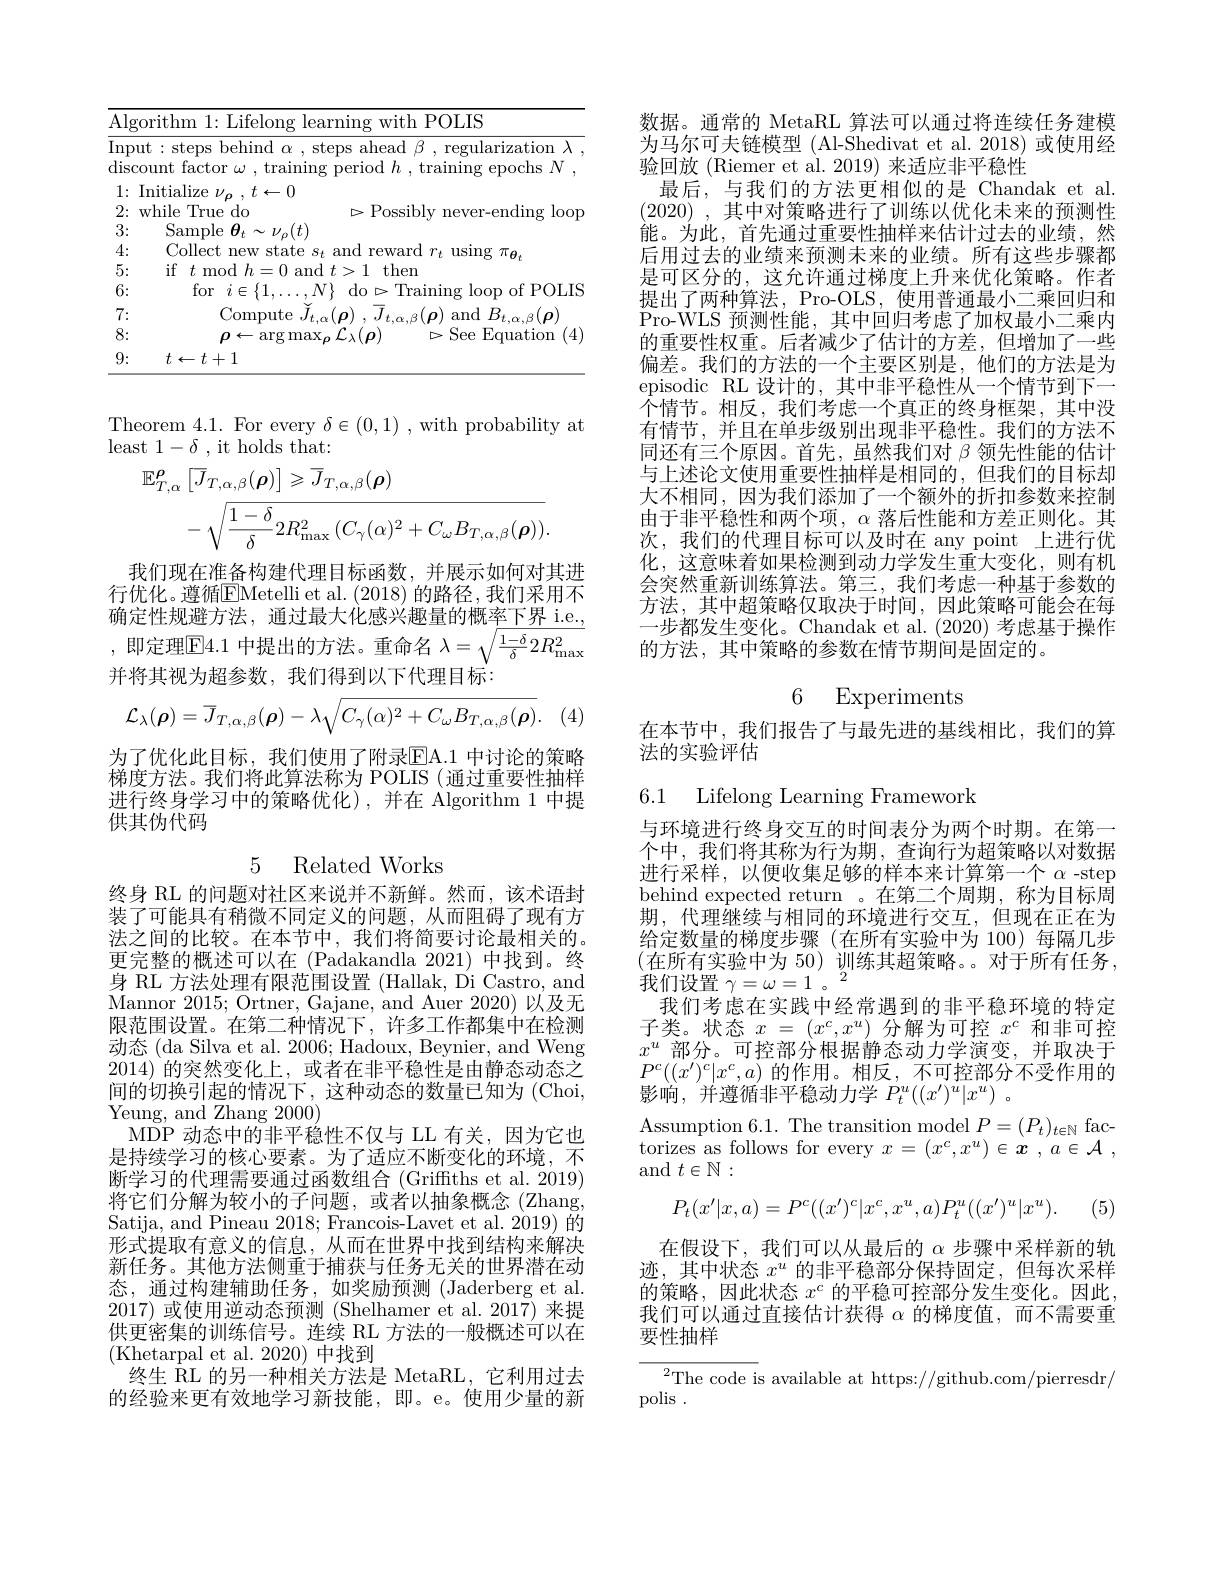
<table>
	<tbody>
		<tr>
			<td>$\overline{\mathrm{Al}}$ 1</td>
			<td>$1POLIS$ $11^{*}.1^{*}.1^{*}.1^{*}.1^{*}.1^{*}.1^{*}.1^{*}.1^{*}.1^{*}.1^{*}.1^{*}.1^{*}.1^{*}.1^{*}.1^{*}.1^{*}$ 117 $71th$</td>
		</tr>
		<tr>
			<td>$\operatorname{Inf}$ dis</td>
			<td>${\mathrm{ut}}:{\mathrm{steps~behind~\alpha~,~steps~ahead~\beta~,~regularization~\lambda}}$ count factor $\omega$ .training $r_{10}$ .training epochs $N$</td>
		</tr>
		<tr>
			<td>1: 2:</td>
			<td>$\operatorname { Initialize} \nu _{\rho }$ , $t\leftarrow 0$ while True do $\triangleright$Possibly never-ending loop</td>
		</tr>
		<tr>
			<td>3: T e</td>
			<td>$\hat{C}$ amr</td>
		</tr>
		<tr>
			<td>5: $w$ 1 1 1</td>
			<td>if $t$mon $h-b$ - and 1.4 $f>1$ 1 then</td>
		</tr>
		<tr>
			<td>6; $w$ 1 1 1 1 1</td>
			<td>for $1\not\in$ $N$ $\operatorname{do}\triangleright\operatorname{Training}$ $\cdot$ loon of P( 0) T. IS</td>
		</tr>
		<tr>
			<td>7: $w$ ·</td>
			<td>Comnut and $B_{\mu}$ 1</td>
		</tr>
		<tr>
			<td>8: $w$ 1 1</td>
			<td>$\rho\leftarrow\operatorname{arg}\operatorname*{max}_{o}\mathcal{L}_{\lambda}(\boldsymbol{\rho})$ $\triangleright\mathop{\mathrm{See~Equation}}$ (4</td>
		</tr>
		<tr>
			<td>9: $w$ 1 1 1 $w$</td>
			<td>$t\leftarrow t+1$</td>
		</tr>
	</tbody>
</table>

Theorem 4.1. For every $\delta\in(0,1)$ , with probability at
least $1-\delta$ , it holds that:
$$\begin{aligned}\mathbb{E}_{T,\alpha}^{\boldsymbol{\rho}}\left[\overline{J}_{T,\alpha,\beta}(\boldsymbol{\rho})\right]&\geqslant\overline{J}_{T,\alpha,\beta}(\boldsymbol{\rho})\\&-\sqrt{\frac{1-\delta}{\delta}2R_{\max}^{2}\left(C_{\gamma}(\alpha)^{2}+C_{\omega}B_{T,\alpha,\beta}(\boldsymbol{\rho})\right)}.\end{aligned}$$
我们现在准备构建代理目标函数，并展示如何对其进行优化。遵循$\overline{\mathrm{EMetelli~et~al.~(2018)~}}$的路径，我们采用不确定性规避方法，通过最大化感兴趣量的概率下界 i.e., ,即定理$\boxed{\mathrm{F}}4.1$ 中提出的方法。重命名 $\lambda=\sqrt\frac{1-\delta}\delta2R_{\mathrm{max}}^2$ 并将其视为超参数，我们得到以下代理目标：
$$\mathcal{L}_{\lambda}(\boldsymbol{\rho})=\overline{J}_{T,\alpha,\beta}(\boldsymbol{\rho})-\lambda\sqrt{C_{\gamma}(\alpha)^{2}+C_{\omega}B_{T,\alpha,\beta}(\boldsymbol{\rho})}.$$
为了优化此目标，我们使用了附录EA. 1 中讨论的策略梯度方法。我们将此算法称为 POLIS (通过重要性抽样进行终身学习中的策略优化),并在 Algorithm 1 中提供其伪代码

5 Related Works

终身 RL 的问题对社区来说并不新鲜。然而，该术语封装了可能具有稍微不同定义的问题，从而阻碍了现有方法之间的比较。在本节中，我们将简要讨论最相关的。更完整的概述可以在(Padakandla 2021)中找到。终身 RL 方法处理有限范围设置 (Hallak, Di Castro, and Mannor 2015; Ortner, Gajane, and Auer 2020)以及无限范围设置。在第二种情况下，许多工作都集中在检测动态 (da Silva et al. 2006; Hadoux, Beynier, and Weng 2014)的突然变化上，或者在非平稳性是由静态动态之间的切换引起的情况下，这种动态的数量已知为 (Choi, Yeung, and Zhang 2000)
MDP 动态中的非平稳性不仅与 LL 有关，因为它也是持续学习的核心要素。为了适应不断变化的环境，不断学习的代理需要通过函数组合(Griffths et al. 2019) 将它们分解为较小的子问题，或者以抽象概念(Zhang, Satija, and Pineau 2018; Francois-Lavet et al. 2019) 的形式提取有意义的信息，从而在世界中找到结构来解决新任务。其他方法侧重于捕获与任务无关的世界潜在动态，通过构建辅助任务，如奖励预测(Jaderberg et al. 2017)或使用逆动态预测 (Shelhamer et al.2017)来提供更密集的训练信号。连续 RL 方法的一般概述可以在(Khetarpal et al. 2020)中找到
终生$\bar{R}$L的另一种相关方法是 MetaRL,它利用过去的经验来更有效地学习新技能，即。e。使用少量的新

数据。通常的 MetaRL 算法可以通过将连续任务建模为马尔可夫链模型 (Al-Shedivat et al.2018)或使用经验回放 (Riemer et al. 2019) 来适应非平稳性
最后，与我们的方法更相似的是 Chandak et al. (2020) , 其中对策略进行了训练以优化未来的预测性能。为此，首先通过重要性抽样来估计过去的业绩，然后用过去的业绩来预测未来的业绩。所有这些步骤都是可区分的，这允许通过梯度上升来优化策略。作者提出了两种算法，Pro-OLS, 使用普通最小二乘回归和Pro-WLS 预测性能，其中回归考虑了加权最小二乘内的重要性权重。后者减少了估计的方差，但增加了一些偏差。我们的方法的一个主要区别是，他们的方法是为episodic RL 设计的，其中非平稳性从一个情节到下一$\bar{\text{个情节。相反，我们考虑一个真正的终身框架，其中没}}$ 有情节，并且在单步级别出现非平稳性。我们的方法不同还有三个原因。首先，虽然我们对$\beta$领先性能的估计与上述论文使用重要性抽样是相同的，但我们的目标却大不相同，因为我们添加了一个额外的折扣参数来控制由于非平稳性和两个项，$\alpha$落后性能和方差正则化。其次，我们的代理目标可以及时在 any point 上进行优化，这意味着如果检测到动力学发生重大变化，则有机会突然重新训练算法。第三，我们考虑一种基于参数的方法，其中超策略仅取决于时间，因此策略可能会在每一步都发生变化。Chandak et al. (2020)考虑基于操作的方法，其中策略的参数在情节期间是固定的。

# 6 Experiments

在本节中，我们报告了与最先进的基线相比，我们的算
法的实验评估

6.1 Lifelong Learning Framework

与环境进行终身交互的时间表分为两个时期。在第一个中，我们将其称为行为期，查询行为超策略以对数据进行采样，以便收集足够的样本来计算第一个$\alpha$ -step behind expected return 。在第二个周期，称为目标周期，代理继续与相同的环境进行交互，但现在正在为给定数量的梯度步骤(在所有实验中为 100)每隔几步(在所有实验中为 50) 训练其超策略。。对于所有任务， 我们设置$\gamma=\omega=1^{\prime}$。$^2$
我们考虑在实践中经常遇到的非平稳环境的特定子类。状态$x=(x^c,x^u)$分解为可控$x^c$和非可控$x^u$部分。可控部分根据静态动力学演变，并取决于$P^{c}((x^{\prime})^{c}|x^{c},a)$的作用。相反，不可控部分不受作用的影响，并遵循非平稳动力学$P_t^u( ( x^{\prime }) ^{\dot{u} }| x^{u})$ .
Assumption 6.1. The transition model $P=(P_t)_{t\in\mathbb{N}}$ fac-

torizes as follows for every $x= ( x^c, x^u) \in \boldsymbol{x}$ $, a\in \mathcal{A}$ ,

and $t\in\mathbb{N}:$
$$P_t(x'|x,a)=P^c((x')^c|x^c,x^u,a)P_t^u((x')^u|x^u).$$
(5)

在假设下，我们可以从最后的$\alpha$步骤中采样新的轨迹，其中状态$x^u$的非平稳部分保持固定，但每次采样的策略，因此状态$x^c$的平稳可控部分发生变化。因此我们可以通过直接估计获得$\alpha$的梯度值，而不需要重要性抽样

${}^{2}$The code is available at https://github.com/pierresdr/

polis .